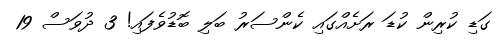
ގަޑި ކުރިން ކުޑަ ރަށެއްގައި ކެންސަރު ބަލި ބޮޑުވެފައި! 3 ދުވަސް 19